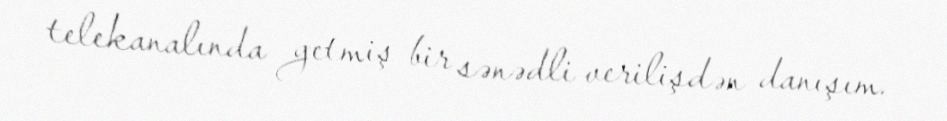
telekanalında getmiş bir sənədli verilişdən danışım.